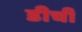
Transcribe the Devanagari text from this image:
डीची